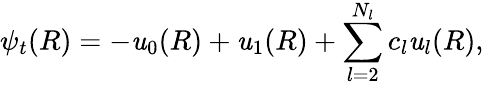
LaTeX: \psi_{t}(R)=-\mathit{u}_{0}(R)+\mathit{u}_{1}(R)+\sum_{l=2}^{N_{l}}c_{l}\mathit{u}_{l}(R),